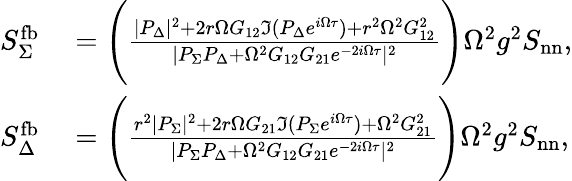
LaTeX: \begin{array}{rl}{S_{\Sigma}^{\mathrm{fb}}}&{{}=\Bigg(\frac{|P_{\Delta}|^{2}+2r\Omega G_{12}\Im(P_{\Delta}e^{i\Omega\tau})+r^{2}\Omega^{2}G_{12}^{2}}{|P_{\Sigma}P_{\Delta}+\Omega^{2}G_{12}G_{21}e^{-2i\Omega\tau}|^{2}}\Bigg)\Omega^{2}g^{2}S_{\mathrm{nn}},}\\ {S_{\Delta}^{\mathrm{fb}}}&{{}=\Bigg(\frac{r^{2}|P_{\Sigma}|^{2}+2r\Omega G_{21}\Im(P_{\Sigma}e^{i\Omega\tau})+\Omega^{2}G_{21}^{2}}{|P_{\Sigma}P_{\Delta}+\Omega^{2}G_{12}G_{21}e^{-2i\Omega\tau}|^{2}}\Bigg)\Omega^{2}g^{2}S_{\mathrm{nn}},}\end{array}